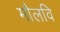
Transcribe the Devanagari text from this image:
मौलवि